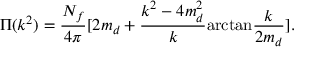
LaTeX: \Pi ( k ^ { 2 } ) = \frac { N _ { f } } { 4 \pi } [ 2 m _ { d } + \frac { k ^ { 2 } - 4 m _ { d } ^ { 2 } } { k } \mathrm { a r c t a n } \frac { k } { 2 m _ { d } } ] .